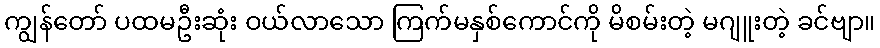
ကျွန်တော် ပထမဦးဆုံး ဝယ်လာသော ကြက်မနှစ်ကောင်ကို မိစမ်းတဲ့ မဂျူးတဲ့ ခင်ဗျာ။